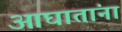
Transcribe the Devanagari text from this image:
आघातांना